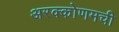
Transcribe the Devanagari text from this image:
अरक्कोणमची